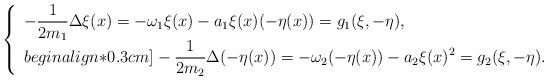
LaTeX: \begin{align*}\left\{\begin{array}{ll}\displaystyle-\dfrac{1}{2m_1}\Delta\xi(x)=-\omega_1\xi(x)-a_1\xi(x)(-\eta(x))=g_1(\xi,-\eta),\\begin{align*}0.3cm]\displaystyle-\dfrac{1}{2m_2}\Delta(-\eta(x))=-\omega_2(-\eta(x))-a_2\xi(x)^2=g_2(\xi,-\eta).\end{array}\right.\end{align*}